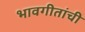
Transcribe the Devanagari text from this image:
भावगीतांची